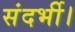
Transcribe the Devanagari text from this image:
संदर्भी।